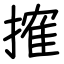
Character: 搉